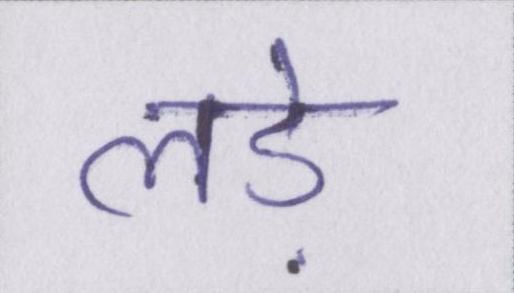
लड़े